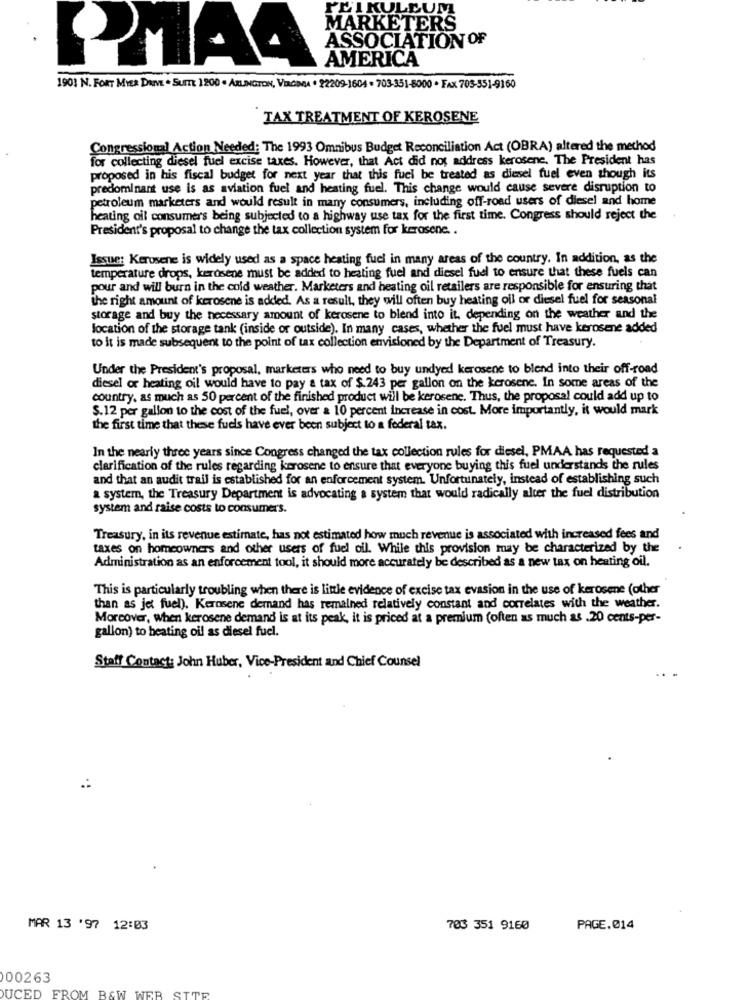
PELKULEUM
MARKETERS
ASSOCIATION OF
AMERICA
PIAA
1901 N. FORT MYER DAVE · SUITE 1200 · ARLINGTON, VaCENA · 22209-1604 - 703-551-5000 · FAX 703-551-9160
TAX TREATMENT OF KEROSENE
Congressional Action Needed: The 1993 Omnibus Budget Reconciliation Act (OBRA) altered the method
for collecting diesel fuel excise taxes. However, that Act did not address kerosene. The President has
proposed in his fiscal budget for next year that this fuel be treated as diesel fuel even though its
predominant use is as aviation fuel and heating fuel. This change would cause severe disruption to
petroleum marketers and would result in many consumers, including off-road users of diesel and home
heating oil consumer's being subjected to a highway use tax for the first time. Congress should reject the
President's proposal to change the tax collection system for kerosene ..
Issue: Kerosene is widely used as a space heating fuel in many areas of the country. In addition, as the
temperature drops, kerosene must be added to heating fuel and diesel fuel to ensure that these fuels can
pour and will burn in the cold weather. Marketers and heating oil retailers are responsible for ensuring that
the right amount of kerosene is added. As a result, they will often buy heating oil or diesel fuel for seasonal
storage and buy the necessary amount of kerosene to blend into it, depending on the weather and the
location of the storage tank (inside or outside). In many cases, whether the fuel must have kerosene added
to it is made subsequent to the point of tax collection envisioned by the Department of Treasury.
Under the President's proposal, marketers who need to buy undyed kerosene to blend into their off-road
diesel or heating oil would have to pay a tax of $ 243 per gallon on the kerosene. In some areas of the
country, as much as 50 percent of the finished product will be kerosene. Thus, the proposal could add up to
S.12 per gallon to the cost of the fuel, over a 10 percent increase in cost. More importantly, it would mark
the first time that these fuels have ever been subject to a federal tax.
In the nearly three years since Congress changed the tax collection rules for diesel, PMAA has requested a
clarification of the rules regarding kerosene to ensure that everyone buying this fuel understands the rules
and that an audit trail is established for an enforcement system. Unfortunately, instead of establishing such
a system, the Treasury Department is advocating a system that would radically alter the fuel distribution
system and raise costs to consumer's.
Treasury, in its revenue estimate, has not estimated how much revenue is associated with increased fees and
taxes on homeowners and other users of fuel oil. While this provision may be characterized by the
Administration as an enforcement tool, it should more accurately be described as a new tax on heating oil.
This is particularly troubling when there is little evidence of excise tax evasion in the use of kerosene (other
than as jet fuel). Kerosene demand has remained relatively constant and correlates with the weather.
Moreover, when kerosene demand is at its peak, it is priced at a premium (often as much as .20 cents-per-
gallon) to heating oil as diesel fuel.
Staff Contact: John Huber, Vice-President and Chief Counsel
MAR 13 '97 12:03
703 351 9160
PAGE.@14
000263
UCED FROM B&W WER SITE